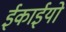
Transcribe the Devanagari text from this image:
ईकाईयो